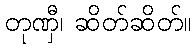
တုဏှီ၊ ဆိတ်ဆိတ်။